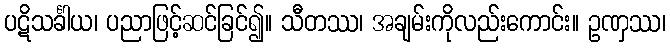
ပဋိသင်္ခါယ၊ ပညာဖြင့်ဆင်ခြင်၍။ သီတဿ၊ အချမ်းကိုလည်းကောင်း။ ဥဏှဿ၊